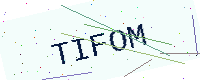
Text: TIFOM